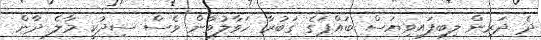
ދެ ދަރިން ލިބިފައިވިޔަސް ބައްޕަގެ ގަބުރާ ހަވާލުވާން ވެސް ސިދުކީ މާލެ ދާން